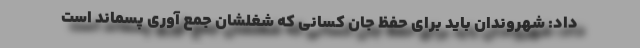
داد: شهروندان باید برای حفظ جان کسانی که شغلشان جمع آوری پسماند است